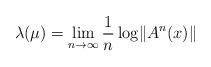
LaTeX: \begin{align*} \lambda(\mu)=\lim_{n\to \infty}\frac 1n \log \lVert A^n(x)\rVert \end{align*}